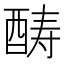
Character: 𲆭